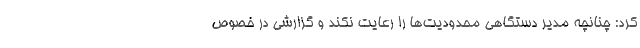
کرد: چنانچه مدیر دستگاهی محدودیت‌ها را رعایت نکند و گزارشی در خصوص